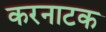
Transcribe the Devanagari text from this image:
करनाटक